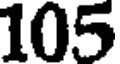
105